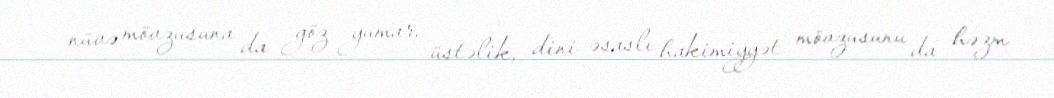
nüvə mövzusuna da göz yumar, üstəlik, dini əsaslı hakimiyyət mövzusunu da həzm